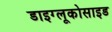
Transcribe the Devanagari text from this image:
डाइग्लूकोसाइड